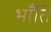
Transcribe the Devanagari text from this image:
भॉंति